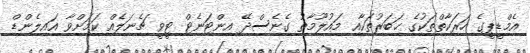
އެމްޑީޕީގެ ހަރަކާތްތަކުގެ ޚަބަރުތަކާއި މައުލޫމާތު ގެނެސްދޭ އިންޓަނެޓް ޓީވީ ޗެނަލެއް ކަމަށްވާ އައިލެންޑް